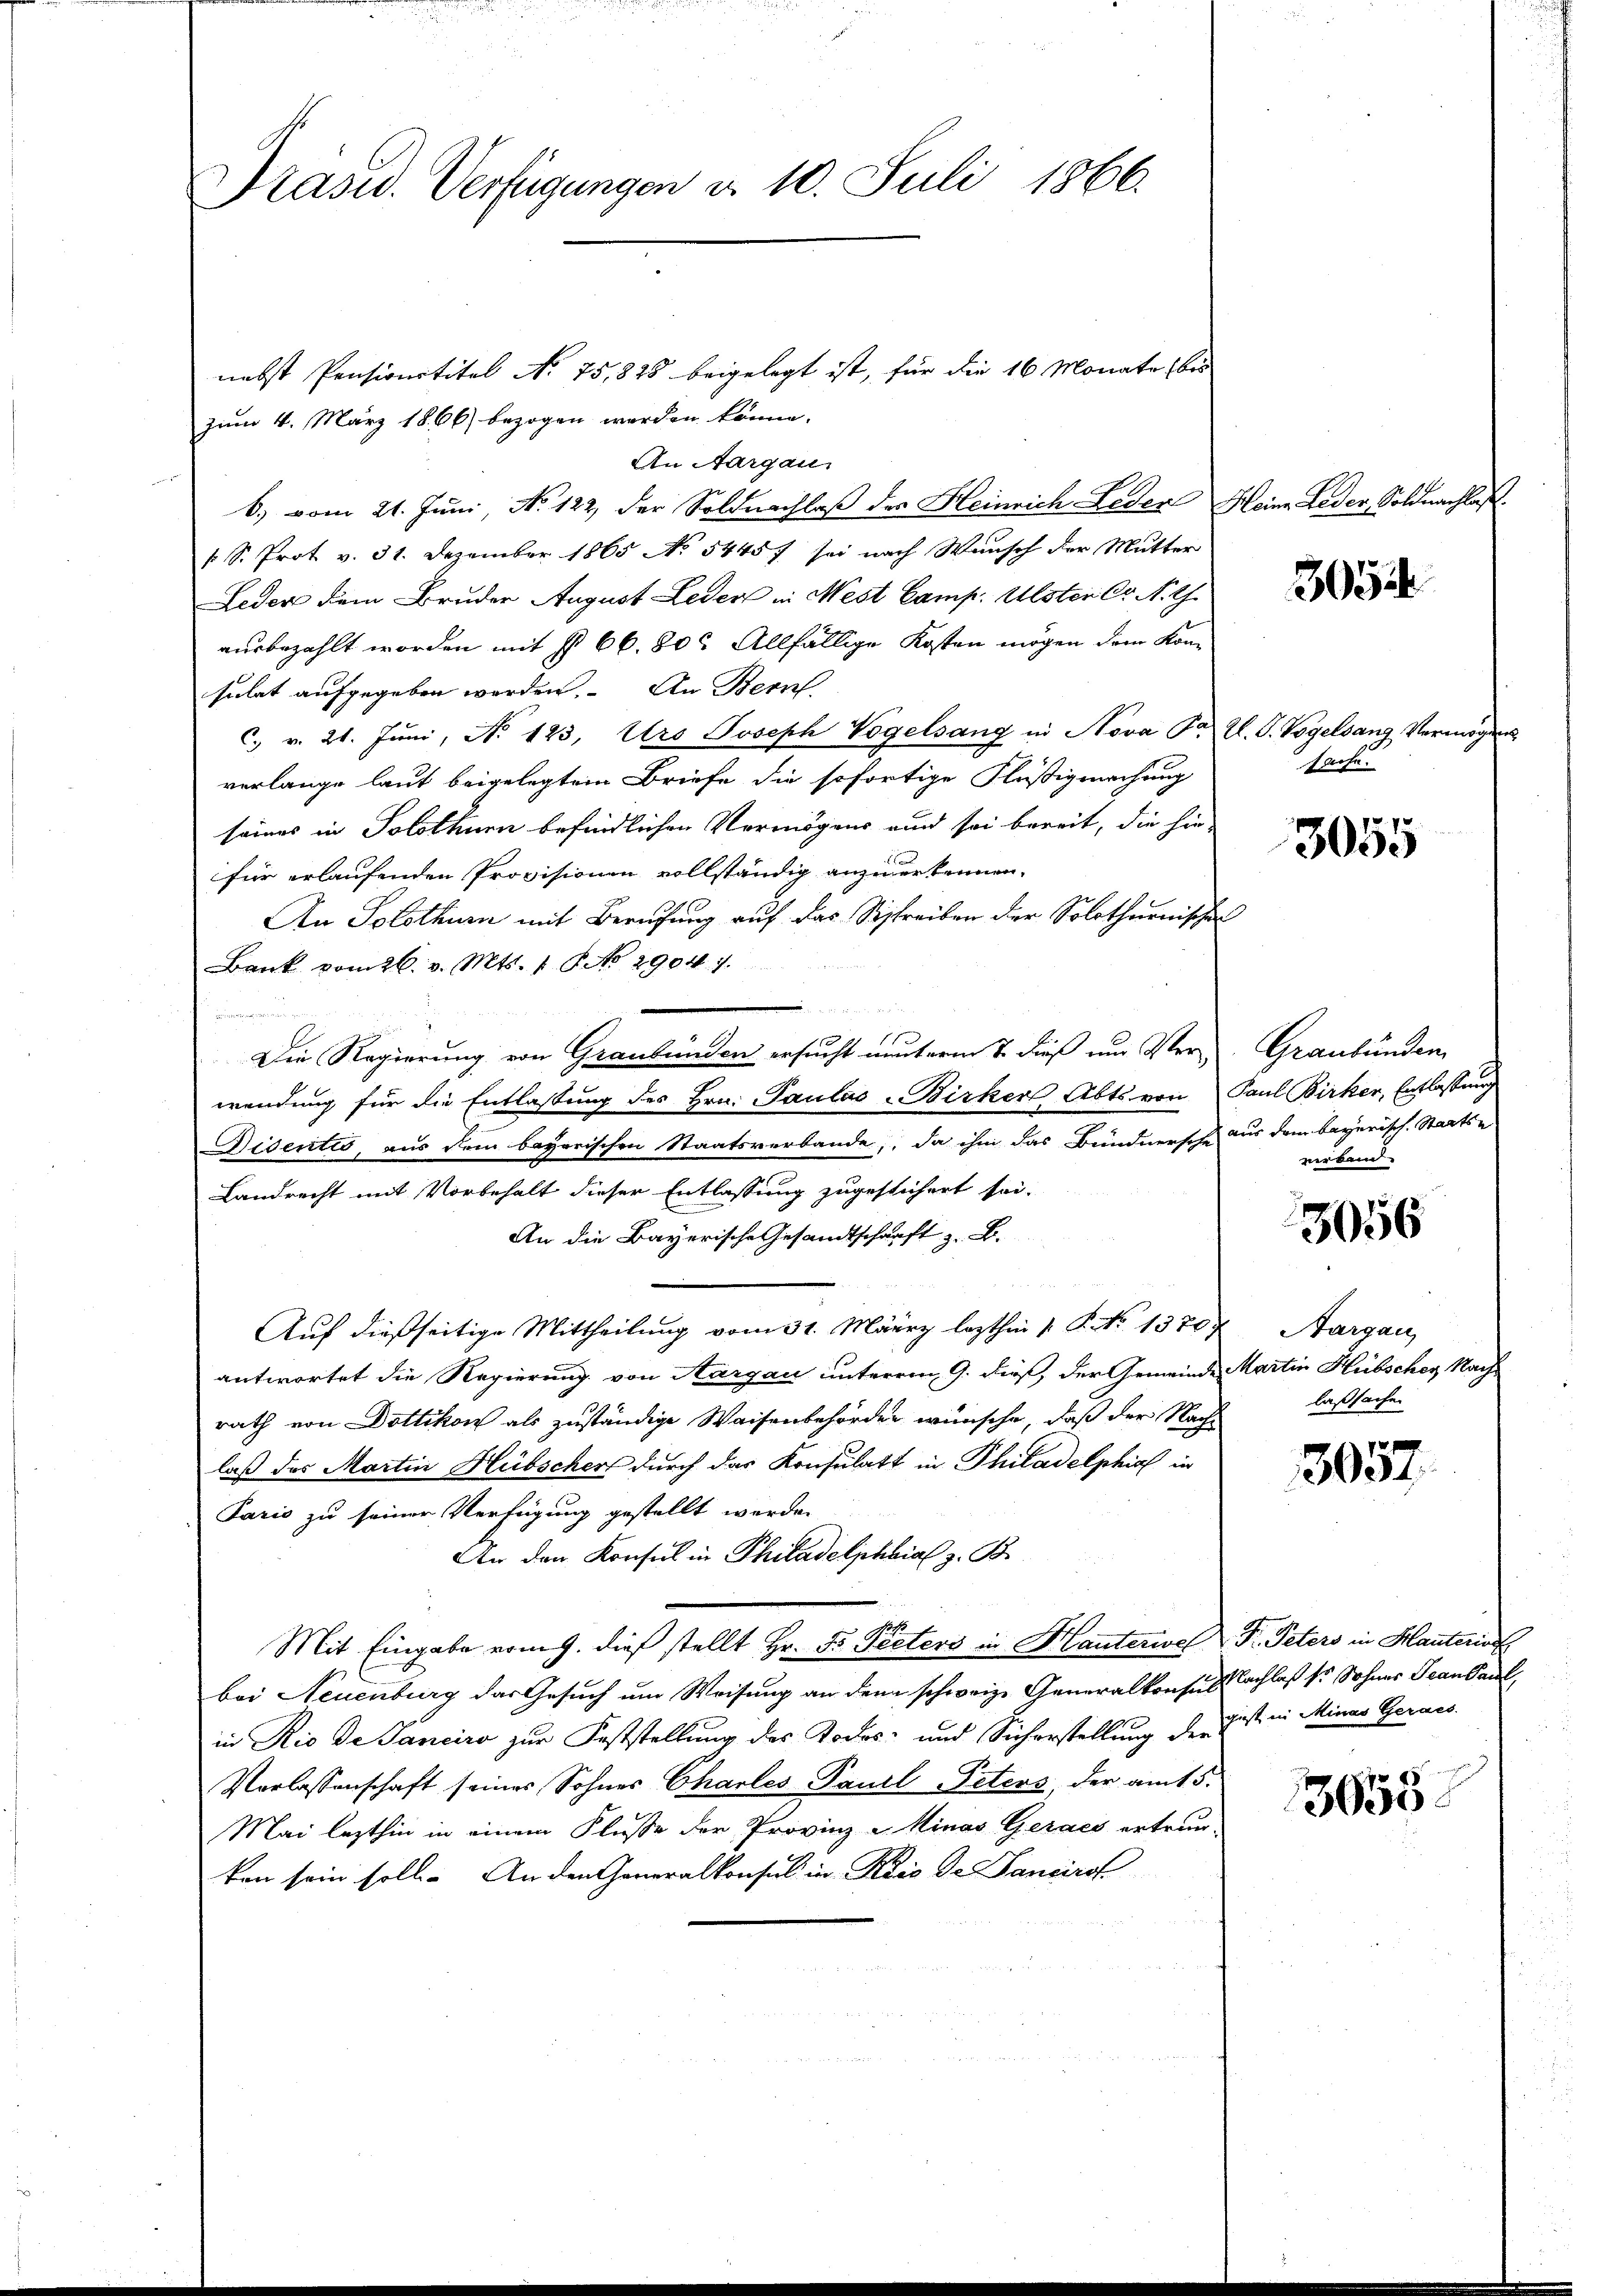
Präsid. Verfügungen d. 10. Juli 1866.

nebst Pensionstitel No 75, 825 beigelegt ist, für die 16 Monate bis
zum 4. März 1866) bezogen werden könne.
An Aargau
b., vom 21. Juni, No 122 der Soldnachlaß des Heinrich Leder
s. S. Prot v. 31. Dezember 1865 No 54457 sei nach Wunsch der Mutter
Leder dem Bruder August Leder in Nest Camp. Uster Cr. N. Th.
ausbezahlt worden mit § 66. 803 Allfällige Kosten mögen dem Konsulat aufgegeben werden. An Bern
C. v. 21. Jŭni, No 123. Urs Joseph Vögelsang in Nova Fr.
verlange laut beigelegtem Briefe die sofortige Flüßigmachung
seines in Solothurn befindlichen Vermögens und sei bereit, die hie-
für erlaufenden Provisionen vollständig anzuerkennen.
An Solothurn mit Berufung auf das Beschreiben der Solothurnische
Bank vom 26. v. Mts. 1 No 2904. 7.
e
11.
Die Regierung von Graubünden ersucht munterm 7. dieß um Verwendung für die Entlassung des Hrn. Paulas Birker Abts. von
Disentio, aus dem bayerischen Staatsverbande, da ihm das Bündnersche
Landrecht mit Vorbehalt dieser Entlassung zugestichert sei.
An die Bayerische Gesandtschaft z. B.
Auf dießseitige Mittheilung vom 31. März lezthin 1 S. Nr. 1370.
antwortet die Regierung von Aargau unterem G. dieß, der Gemeinde
rath von Dottikon als zuständige Waisenbehörden wünsche, daß der Nachlaß das Martin Hübschert durch das Konsulatt in Philadelphirt in
Fario zu seiner Verfügung gestellt werden
An den Konsul in Philadelphia z. B.
Mit Eingabe vom 9. dieß stellt Hr. F. Peters in Hauterwel F. Peters in Hauteris
bei Neuenburg das Gesuch um Weisung an dem schweiz. Generalkonsulsachlaß er Sohnes Jean Paul,
in Rio de Sanciro zur Feststellung des Todes- und Sicherstellung der Fist in Minas Gerass
Verlassenschaft seines Sohnes Chartes Paul Peters, der am 5.
Mai lezthin in einem Flusse der Provinz - Minas Geraes ertrau-
kon sein soll. An den Generalkonsul in Kris Dr. Sancirst

Heine Leder, Soldnachlas

.

305

Z. G. Vogelsang Vermögen
sache.

3055

Graubünden.
Paul Birker, Entlassung
aus dem bayerisch. Staats-
verband

3056

Aargau,
Martin Hübscher Nach
laßsache.

3057

3658.